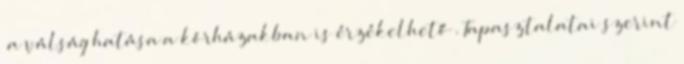
“a válság hatása a kórházakban is érzékelhető”. Tapasztalatai szerint